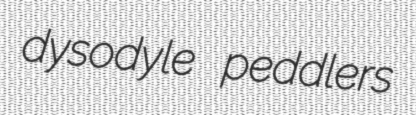
dysodyle peddlers